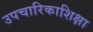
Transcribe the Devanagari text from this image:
उपचारिकाशिक्षा